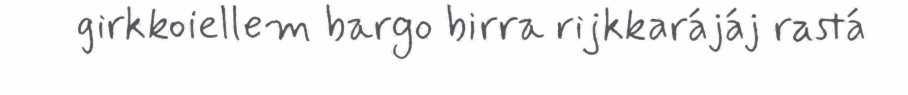
girkkoiellem bargo birra rijkkarájáj rastá